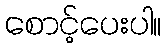
စောင့်ပေးပါ။